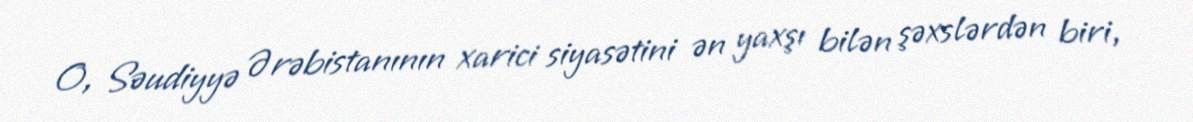
O, Səudiyyə Ərəbistanının xarici siyasətini ən yaxşı bilən şəxslərdən biri,